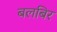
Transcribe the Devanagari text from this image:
बलबिर